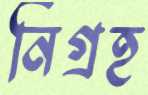
নিগ্রহ